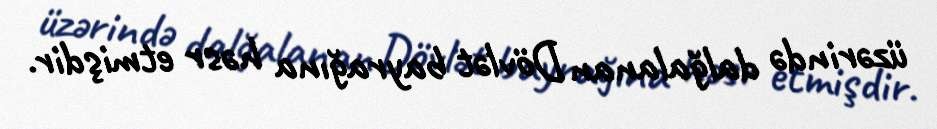
üzərində dalğalanan Dövlət bayrağına həsr etmişdir.